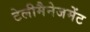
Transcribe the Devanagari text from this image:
टेलीमैनेजमेंट